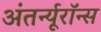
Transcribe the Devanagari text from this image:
अंतर्न्यूरॉन्स